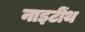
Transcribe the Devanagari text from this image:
नाइटींथ